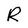
Character: R